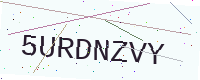
Text: 5URDNZVY